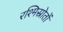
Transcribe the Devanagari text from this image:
रश्मिस्रोतों